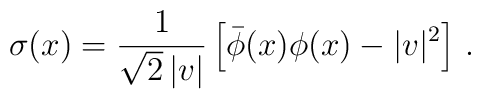
\sigma(x)=\frac{1}{\sqrt{2}\,|v|}\left[\bar\phi(x)\phi(x)-|v|^2\right]\,.